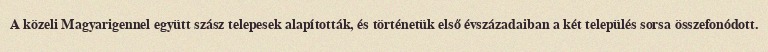
A közeli Magyarigennel együtt szász telepesek alapították, és történetük első évszázadaiban a két település sorsa összefonódott.